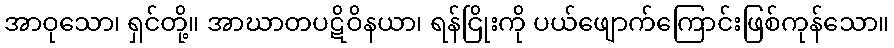
အာဝုသော၊ ရှင်တို့။ အာဃာတပဋိဝိနယာ၊ ရန်ငြိုးကို ပယ်ဖျောက်ကြောင်းဖြစ်ကုန်သော။